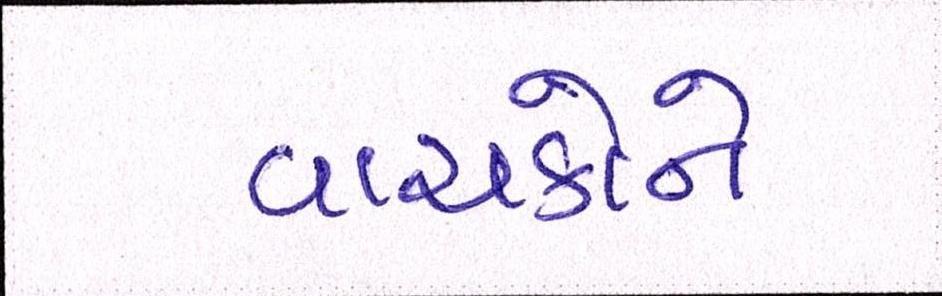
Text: વાચકોને